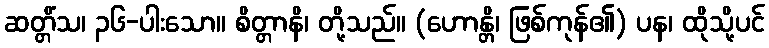
ဆတ္တိံသ၊ ၃၆-ပါးသော။ စိတ္တာနိ၊ တို့သည်။ (ဟောန္တိ၊ ဖြစ်ကုန်၏) ပန၊ ထိုသို့ပင်